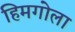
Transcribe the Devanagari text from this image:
हिमगोला